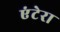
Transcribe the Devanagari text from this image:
एंटेरा